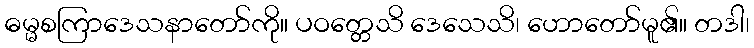
ဓမ္မစကြာဒေသနာတော်ကို။ ပဝတ္တေသိ ဒေသေသိ၊ ဟောတော်မူ၏။ တဒါ၊